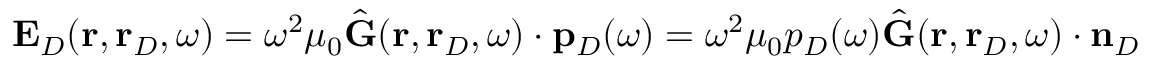
\begin{array} { r } { \mathbf { E } _ { D } ( \mathbf { r } , \mathbf { r } _ { D } , \omega ) = \omega ^ { 2 } \mu _ { 0 } \hat { \mathbf { G } } ( \mathbf { r } , \mathbf { r } _ { D } , \omega ) \cdot \mathbf { p } _ { D } ( \omega ) = \omega ^ { 2 } \mu _ { 0 } p _ { D } ( \omega ) \hat { \mathbf { G } } ( \mathbf { r } , \mathbf { r } _ { D } , \omega ) \cdot \mathbf { n } _ { D } \, } \end{array}